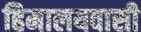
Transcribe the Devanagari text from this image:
हिमालयवासी